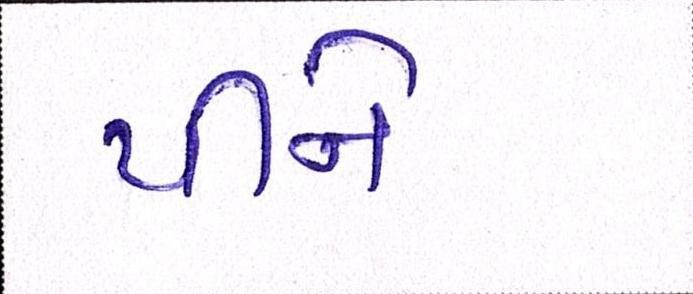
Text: પીને